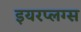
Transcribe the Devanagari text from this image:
इयरप्लग्स